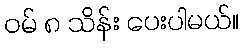
ဝမ် ၈ သိန်း ပေးပါမယ်။